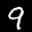
Label: 9